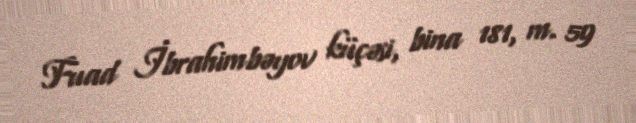
Fuad İbrahimbəyov küçəsi, bina 181, m. 59